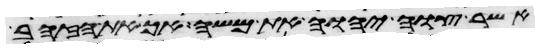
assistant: אשר צוה יהוה את משה אך את הזהב